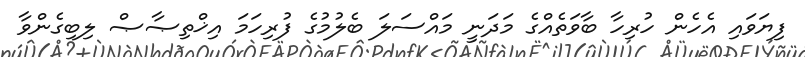
ފިޔަވައި އެހެން ހުރިހާ ބާވަތެއްގެ މަދަނީ މައްސަލަ ބެލުމުގެ ފުރިހަމަ އިޚްތިޞާޞް ލިބިގެންވާ